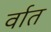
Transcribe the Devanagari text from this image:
र्वात